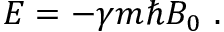
E = - \gamma m \hbar B _ { 0 } \ .